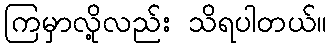
ကြမှာလို့လည်း သိရပါတယ်။